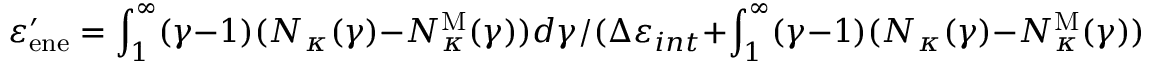
\varepsilon _ { \mathrm { e n e } } ^ { \prime } = \int _ { 1 } ^ { \infty } ( \gamma - 1 ) ( N _ { \kappa } ( \gamma ) - N _ { \kappa } ^ { \mathrm { M } } ( \gamma ) ) d \gamma / ( \Delta \varepsilon _ { i n t } + \int _ { 1 } ^ { \infty } ( \gamma - 1 ) ( N _ { \kappa } ( \gamma ) - N _ { \kappa } ^ { \mathrm { M } } ( \gamma ) ) d \gamma )